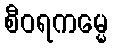
စီဝရကမ္မေ